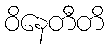
ဝိနေတီတိ